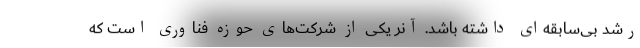
رشد بی‌سابقه‌ای داشته باشد. آنر یکی از شرکت‌های حوزه فناوری است که